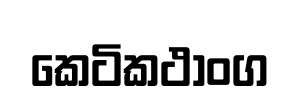
කෙටිකථාංග